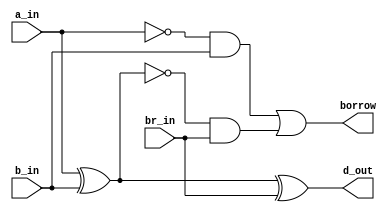
`timescale 1ns / 1ps
//////////////////////////////////////////////////////////////////////////////////
// Company: 
// Engineer: 
// 
// Design Name: 
// Module Name: full_sub
// Project Name: 
// Target Devices: 
// Tool Versions: 
// Description: 
// 
// Dependencies: 
// 
// Revision:
// Revision 0.01 - File Created
// Additional Comments:
// 
//////////////////////////////////////////////////////////////////////////////////


module full_sub(
                input a_in,
                input b_in,
                input br_in,
                output d_out,
                output borrow);
  assign d_out = a_in ^ b_in ^ br_in;
  assign borrow = (~a_in & b_in) | (~(a_in ^ b_in) & br_in);               
endmodule